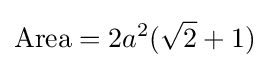
{\text{Area}}=2a^{2}({\sqrt {2}}+1)